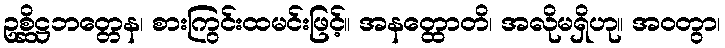
ဥစ္ဆိဋ္ဌဘတ္တေန၊ စားကြွင်းထမင်းဖြင့်။ အနတ္ထောတိ၊ အလိုမရှိဟု။ အဝတွာ၊